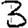
Digit: 3